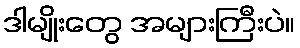
ဒါမျိုးတွေ အများကြီးပဲ။